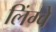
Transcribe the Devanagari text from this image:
लिंग्वे